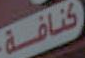
كنافة